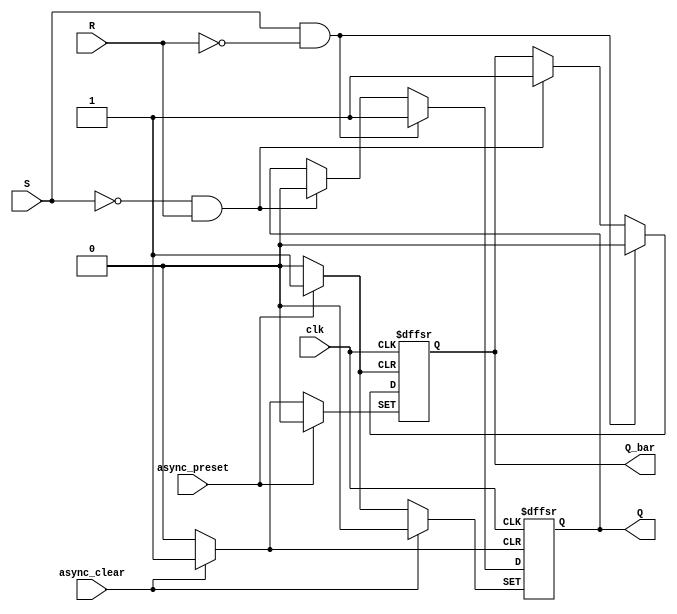
module sr_flip_flop(
    input S, // set input
    input R, // reset input
    input clk, // clock input
    input async_clear, // asynchronous clear input
    input async_preset, // asynchronous preset input
    output reg Q, // output
    output reg Q_bar // complement of Q
);

always @(posedge clk or posedge async_clear or posedge async_preset) begin
    if(async_clear) begin
        Q <= 0;
        Q_bar <= 1;
    end
    else if(async_preset) begin
        Q <= 1;
        Q_bar <= 0;
    end
    else begin
        if(S && !R) begin
            Q <= 1;
            Q_bar <= 0;
        end
        else if(!S && R) begin
            Q <= 0;
            Q_bar <= 1;
        end
    end
end

endmodule